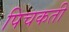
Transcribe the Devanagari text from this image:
पिचकती